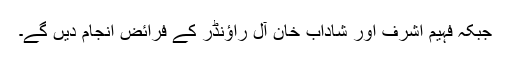
جبکہ فہیم اشرف اور شاداب خان آل راﺅنڈر کے فرائض انجام دیں گے۔